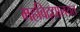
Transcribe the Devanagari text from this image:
महविद्द्यालयत